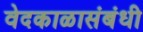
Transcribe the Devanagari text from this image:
वेदकाळासंबंधी